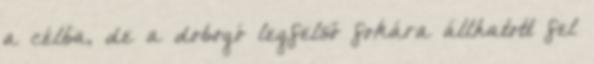
a célba, de a dobogó legfelső fokára állhatott fel